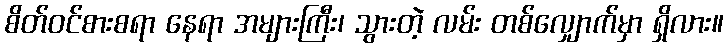
စိတ်ဝင်စားစရာ နေရာ အများကြီး၊ သွားတဲ့ လမ်း တစ်လျှောက်မှာ ရှိလား။